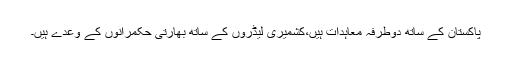
پاکستان کے ساتھ دوطرفہ معاہدات ہیں،کشمیری لیڈروں کے ساتھ بھارتی حکمرانوں کے وعدے ہیں۔